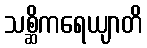
သစ္ဆိကရေယျာတိ